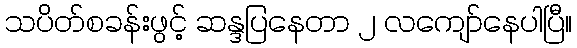
သပိတ်စခန်းဖွင့် ဆန္ဒပြနေတာ ၂ လကျော်နေပါပြီ။